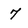
Character: 7